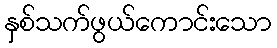
နှစ်သက်ဖွယ်ကောင်းသော